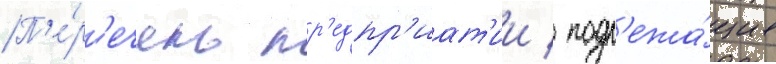
П'е́р'ечень пр'едпр'иат'ии / подл'ежа́щих